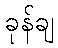
ခုန်ချ